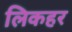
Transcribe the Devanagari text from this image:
लिकहर